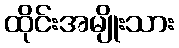
ထိုင်းအမျိုးသား